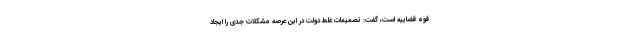
قوه قضاییه است، گفت: تصمیمات غلط دولت در این عرصه مشکلات جدی را ایجاد